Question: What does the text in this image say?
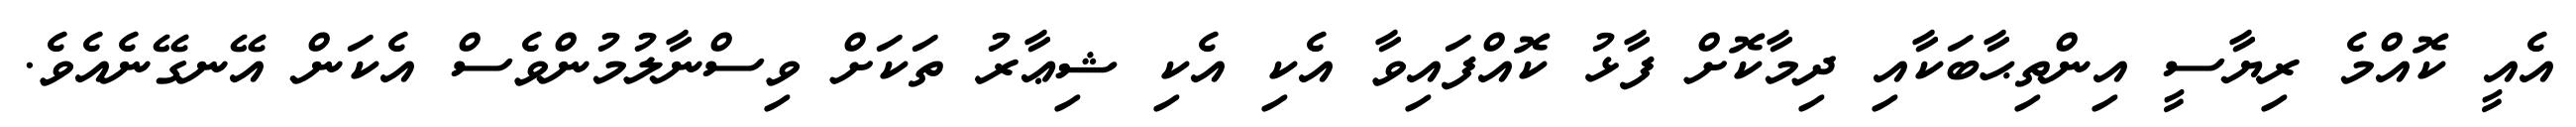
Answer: އެއީ ކޮއްމެ ރިޔާސީ އިންތިޙާބަކާއި ދިމާކޮށް ފާޅު ކޮއްފައިވާ އެކި އެކި ޝިޢާރު ތަކަށް ވިސްނާލުމުންވެސް އެކަން އޭނގޭނެއެވެ.